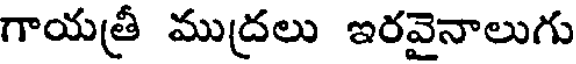
గాయత్రీ ముద్రలు ఇరవైనాలుగు